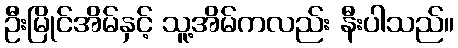
ဦးမြိုင်အိမ်နှင့် သူ့အိမ်ကလည်း နီးပါသည်။